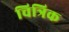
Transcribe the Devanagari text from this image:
चित्रिक